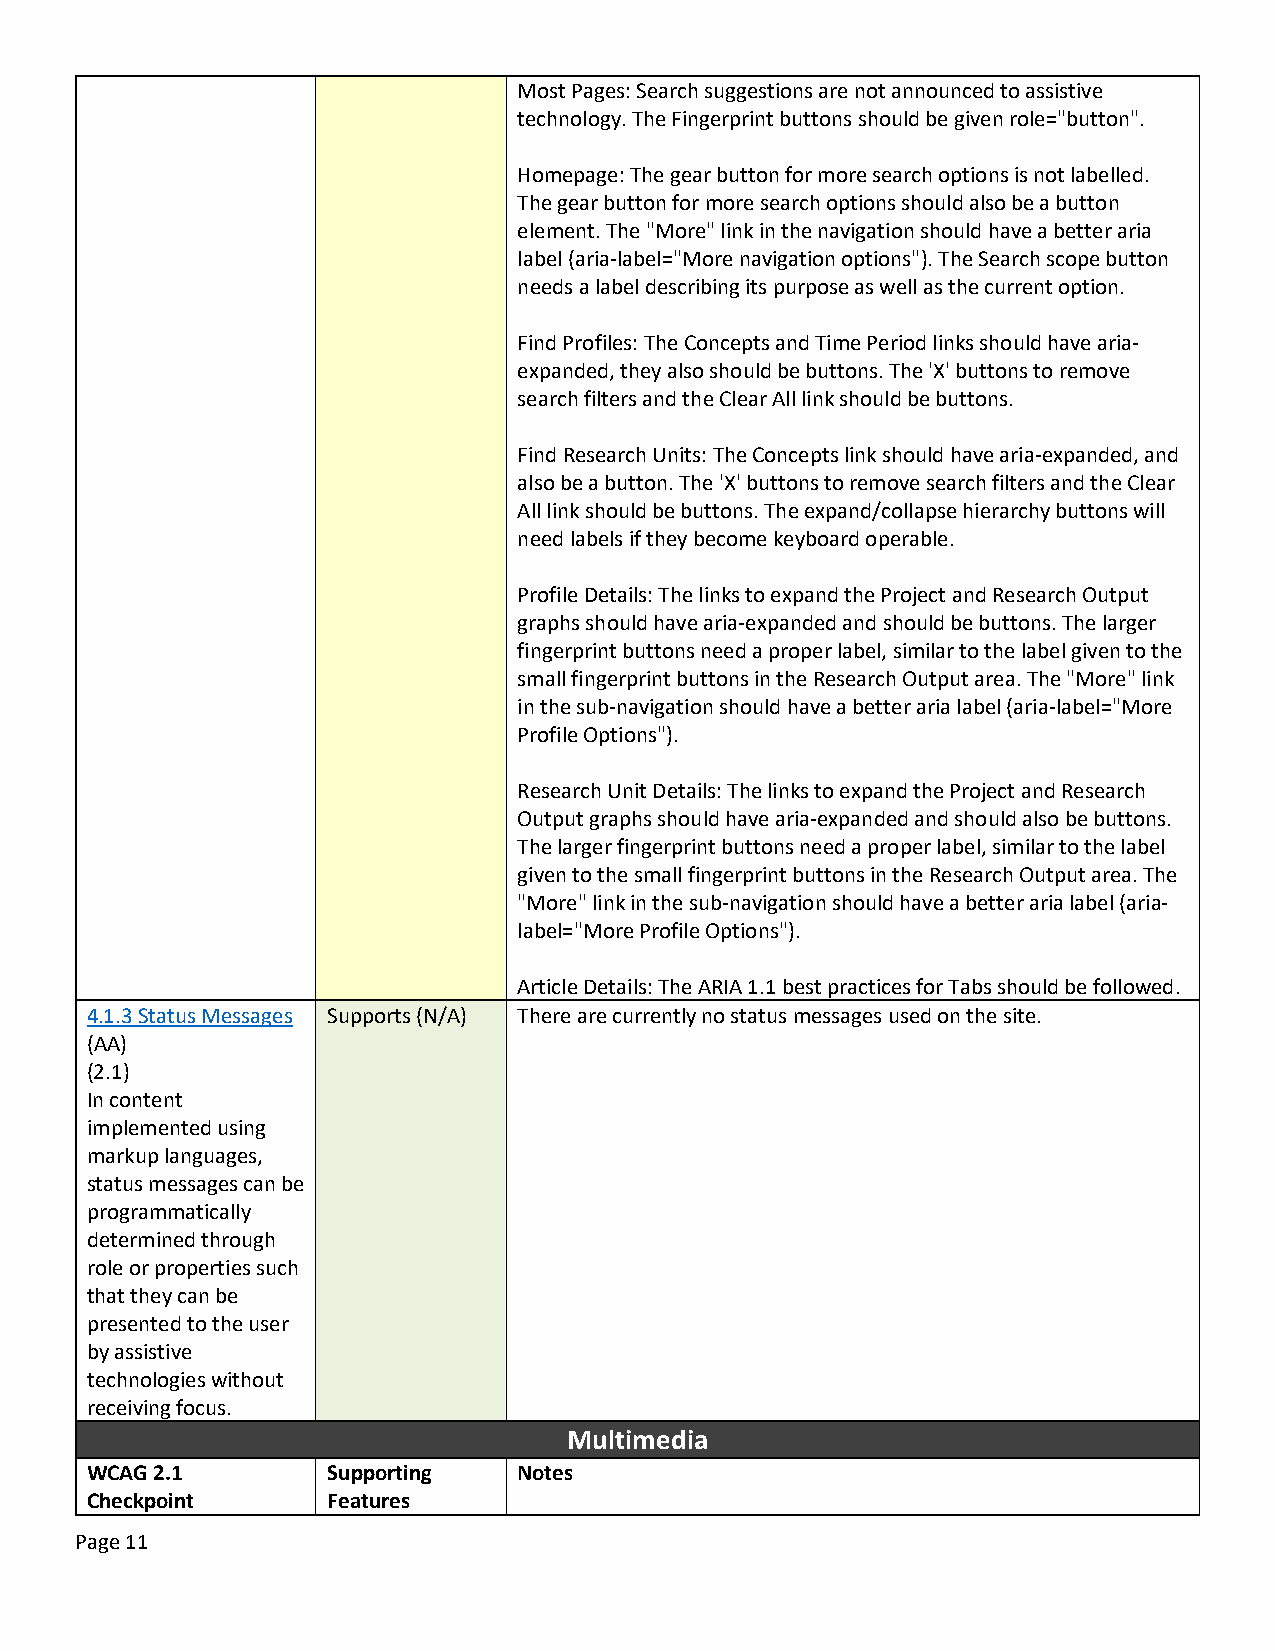
Most Pages: Search suggestions are not announced to assistive
 technology. The Fingerprint buttons should be given role="button".
 Homepage: The gear button for more search options is not labelled.
 The gear button for more search options should also be a button
 element. The "More" link in the navigation should have a better aria
 label (aria-label="More navigation options"). The Search scope button
 needs a label describing its purpose as well as the current option.
 Find Profiles: The Concepts and Time Period links should have aria-
 expanded, they also should be buttons. The 'X' buttons to remove
 search filters and the Clear All link should be buttons.
 Find Research Units: The Concepts link should have aria-expanded, and
 also be a button. The 'X' buttons to remove search filters and the Clear
 All link should be buttons. The expand/collapse hierarchy buttons will
 need labels if they become keyboard operable.
 Profile Details: The links to expand the Project and Research Output
 graphs should have aria-expanded and should be buttons. The larger
 fingerprint buttons need a proper label, similar to the label given to the
 small fingerprint buttons in the Research Output area. The "More" link
 in the sub-navigation should have a better aria label (aria-label="More
 Profile Options").
 Research Unit Details: The links to expand the Project and Research
 Output graphs should have aria-expanded and should also be buttons.
 The larger fingerprint buttons need a proper label, similar to the label
 given to the small fingerprint buttons in the Research Output area. The
 "More" link in the sub-navigation should have a better aria label (aria-
 label="More Profile Options").
 Article Details: The ARIA 1.1 best practices for Tabs should be followed.
 4.1.3 Status Messages Supports (N/A) There are currently no status messages used on the site.
 (AA)
 (2.1)
 In content
 implemented using
 markup languages,
 status messages can be
 programmatically
 determined through
 role or properties such
 that they can be
 presented to the user
 by assistive
 technologies without
 receiving focus.
 Multimedia
 WCAG 2.1        Supporting  Notes
 Checkpoint      Features
 Page 11